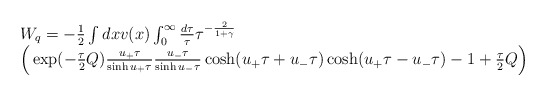
\begin{align*}\begin{array}{l} W_{q}=-\frac{1}{2} \int dx v(x)\int_{0}^{\infty} \frac{d\tau}{\tau} \tau^{-\frac{2}{1+\gamma}} \cr \Big(\exp(-\frac{\tau}{2}Q)\frac{u_{+}\tau}{\sinh u_{+}\tau}\frac{u_{-}\tau}{\sinh u_{-}\tau} \cosh (u_{+}\tau+u_{-}\tau)\cosh(u_{+}\tau-u_{-}\tau) -1 +\frac{\tau}{2}Q \Big)\end{array}\end{align*}